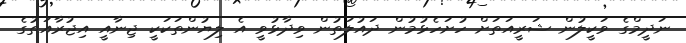
ނަދީމްގެ ވަކީލުން ޝަރީއަތަށް ހުށަހެޅުމުން ދައުލަތުން ވިދާޅުވީ އެ ލިޔުންތަކަކީ ޖިނާއީ އިޖުރާއަތުގެ